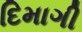
દિમાગી